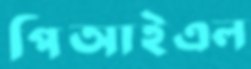
পিআইএল